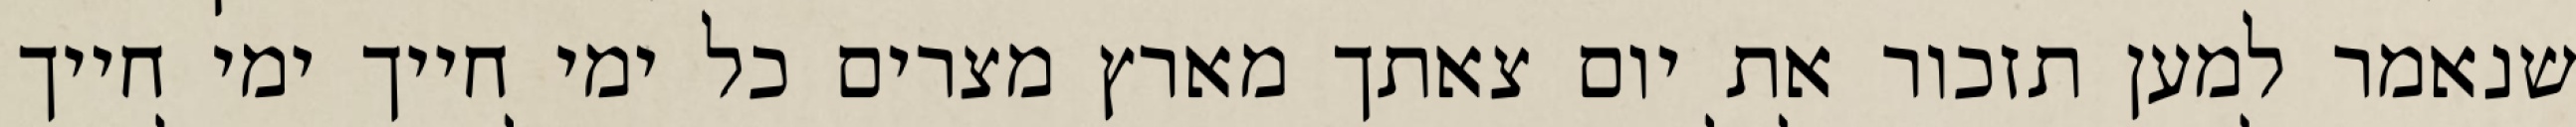
שנאמר למען תזכור את יום צאתך מארץ מצרים כל ימי חייך ימי חייך